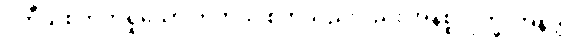
ဒုတီယစိတ်ကိုရှုသော တတိယ စိတ်သည်လည်း အနိစ္စ၊ ဒုက္ခ၊ အနတ္တ။